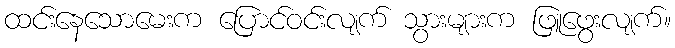
ထင်းနေသောမေးက ပြောင်ဝင်းလျက် သွားများက ဖြူဖွေးလျက်။